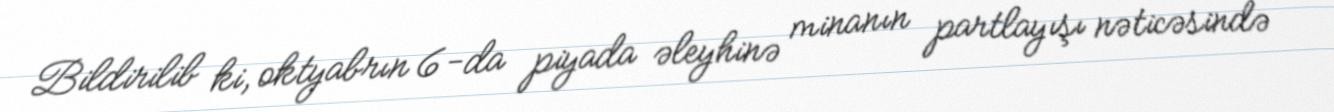
Bildirilib ki, oktyabrın 6-da piyada əleyhinə minanın partlayışı nəticəsində